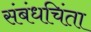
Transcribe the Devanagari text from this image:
संबंधचिंता